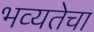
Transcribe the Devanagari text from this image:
भव्यतेचा